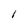
Character: I